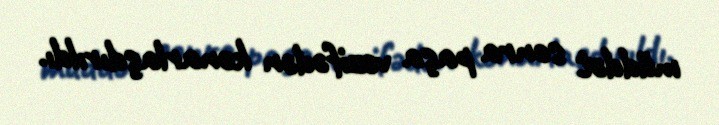
müddət sonra paşa vəzifədən kənarlaşdırıldı.